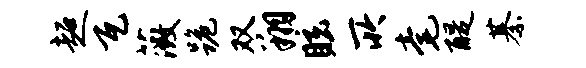
超瓦薇跪双翔眩所毫醍綦